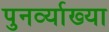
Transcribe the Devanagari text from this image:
पुनर्व्‍याख्‍या